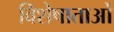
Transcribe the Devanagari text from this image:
विशेषाताओं